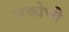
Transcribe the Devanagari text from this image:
सकोची